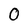
Character: O